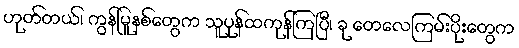
ဟုတ်တယ်၊ ကွန်မြူနစ်တွေက သူပုန်ထကုန်ကြပြီ၊ ခု တေလေကြမ်းပိုးတွေက